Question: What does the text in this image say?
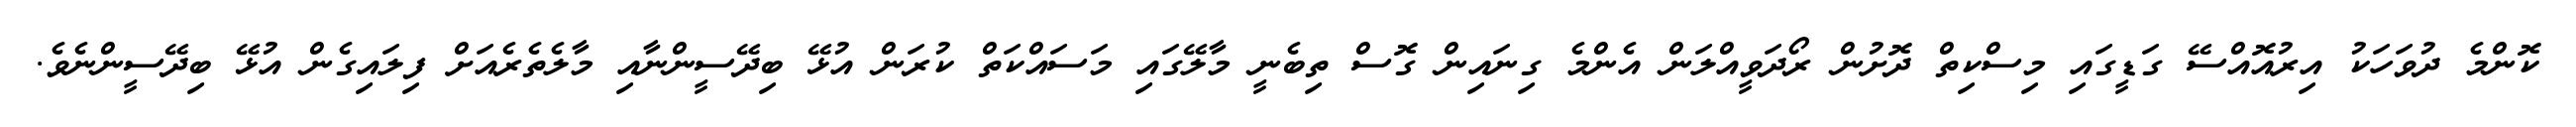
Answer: ކޮންމެ ދުވަހަކު އިރުއޮއްސޭ ގަޑީގައި މިސްކިތް ދޮށުން ރޯދަވީއްލަން އެންމެ ގިނައިން ގޮސް ތިބެނީ މާލޭގައި މަސައްކަތް ކުރަން އުޅޭ ބިދޭސީންނާއި މާލެތެރެއަށް ފިލައިގެން އުޅޭ ބިދޭސީންނެވެ.